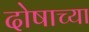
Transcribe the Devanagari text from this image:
दोषाच्या